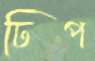
ঢিপ